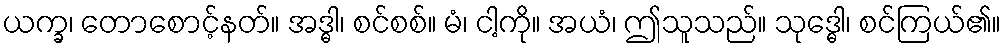
ယက္ခ၊ တောစောင့်နတ်။ အဒ္ဓါ၊ စင်စစ်။ မံ၊ ငါ့ကို။ အယံ၊ ဤသူသည်။ သုဒ္ဓေါ၊ စင်ကြယ်၏။